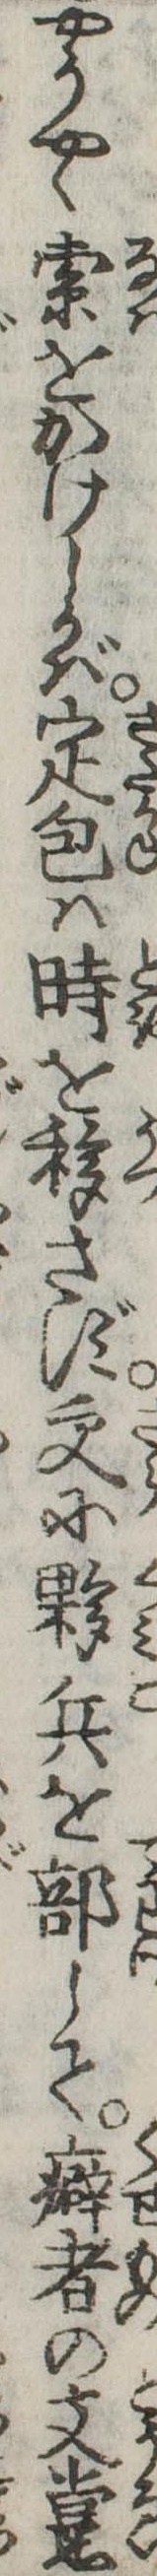
やうやく索をかけしかば定包は時を移さず更に夥兵を部して癖者の支黨